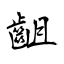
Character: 齟